Report on certain features of malaria in the island of Salsette
Disease focus: Malaria
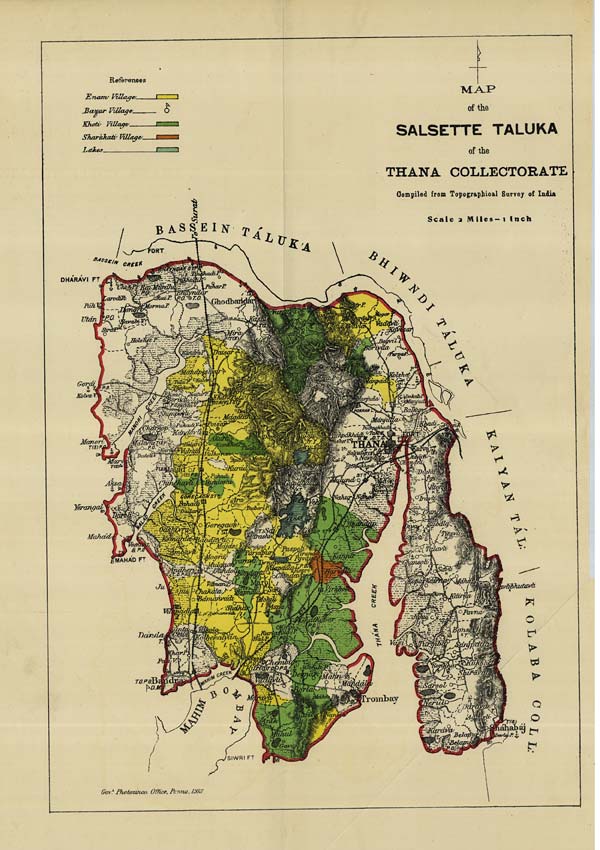
Govt.
Photozinco:
Office,
Poona,
1913.